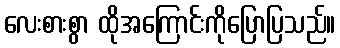
လေးစားစွာ ထိုအကြောင်းကိုပြောပြသည်။